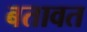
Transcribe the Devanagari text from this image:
बतावत